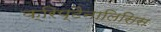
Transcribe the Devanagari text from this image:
क्रिप्टैनालिसिस